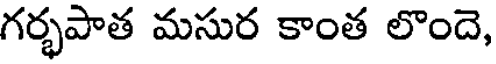
గర్భపాత మసుర కాంత లొందె,